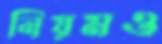
নিয়মও